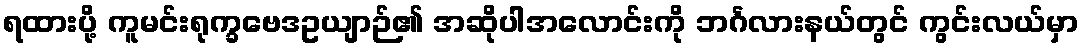
ရထားပို့ ကူမင်းရုက္ခဗေဒဥယျာဉ်၏ အဆိုပါအလောင်းကို ဘင်္ဂလားနယ်တွင် ကွင်းလယ်မှာ